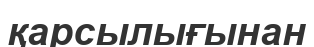
қарсылығынан